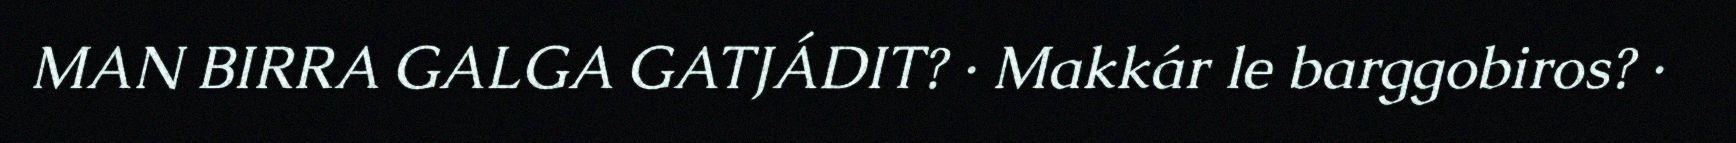
MAN BIRRA GALGA GATJÁDIT? · Makkár le barggobiros? ·